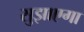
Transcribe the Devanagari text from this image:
सुझाएगा